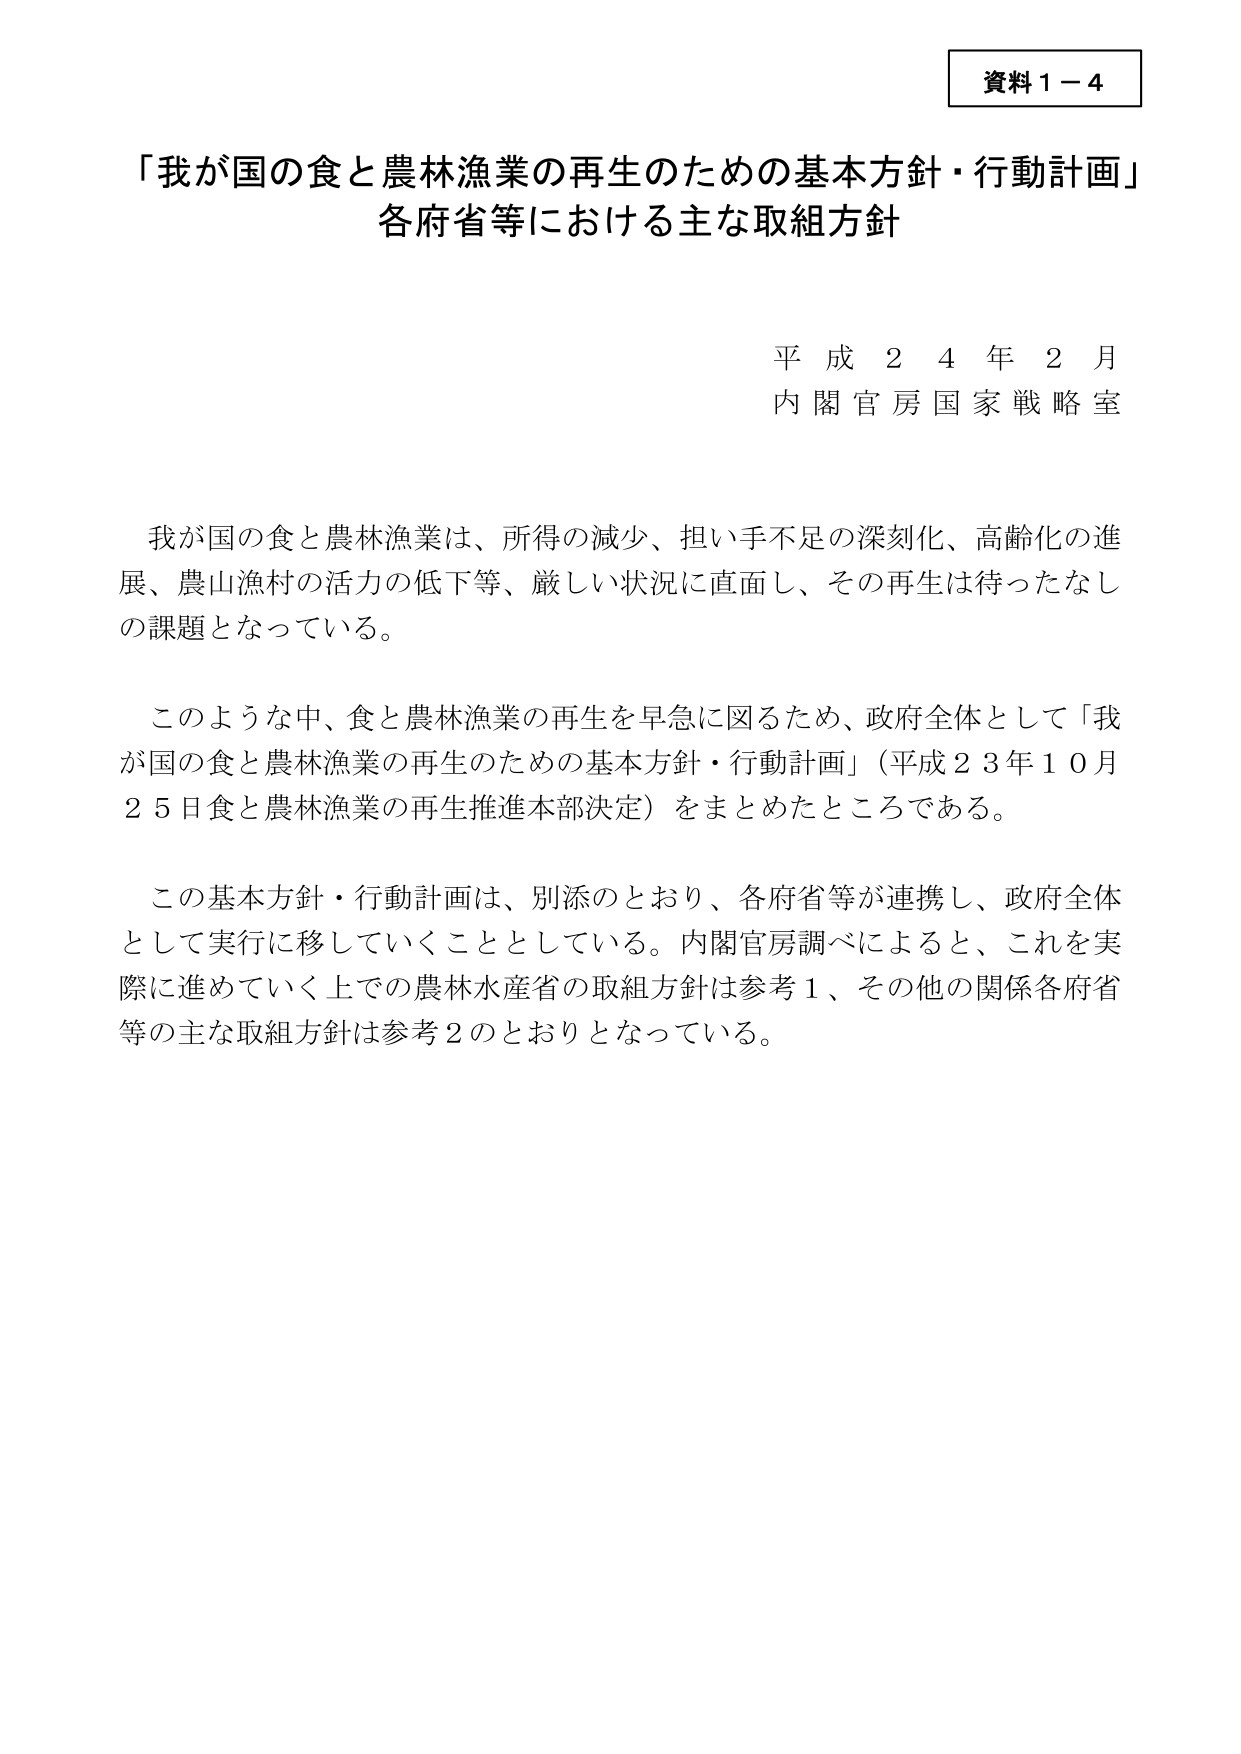
資料１－４

「我が国の食と農林漁業の再生のための基本方針・行動計画」
各府省等における主な取組方針

平成２４年２月
内閣官房国家戦略室

我が国の食と農林漁業は、所得の減少、担い手不足の深刻化、高齢化の進展、農山漁村の活力の低下等、厳しい状況に直面し、その再生は待ったなしの課題となっている。

このような中、食と農林漁業の再生を早急に図るため、政府全体として「我が国の食と農林漁業の再生のための基本方針・行動計画」（平成２３年１０月２５日食と農林漁業の再生推進本部決定）をまとめたところである。

この基本方針・行動計画は、別添のとおり、各府省等が連携し、政府全体として実行に移していくこととしている。内閣官房調べによると、これを実際に進めていく上での農林水産省の取組方針は参考１、その他の関係各府省等の主な取組方針は参考２のとおりとなっている。